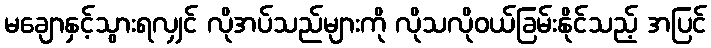
မချောနှင့်သွားရလျှင် လိုအပ်သည်များကို လိုသလိုဝယ်ခြမ်းနိုင်သည့် အပြင်